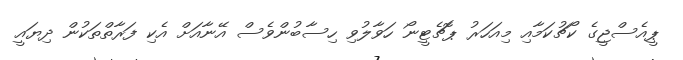
ޕީއެސްޖީގެ ކޯޗުކަމާއި މިއަހަރު ޕޮޗެޓީނޯ ހަވާލުވި ހިސާބުންވެސް އޭނާއަށް އެކި ފަރާތްތަކުން ދިޔައީ